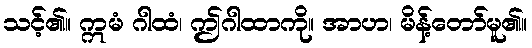
သင့်၏။ ဣမံ ဂါထံ၊ ဤဂါထာကို။ အာဟ၊ မိန့်တော်မူ၏။